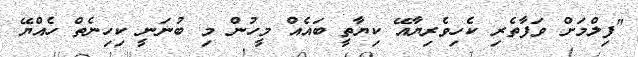
"ފިލްމަށް ވަފާތެރި ކެހިވެރިޔާއޭ ކިޔާތީ ބައެއް މީހުން މި ބުނަނީ ކިހިނެތް ހެއްޔޭ